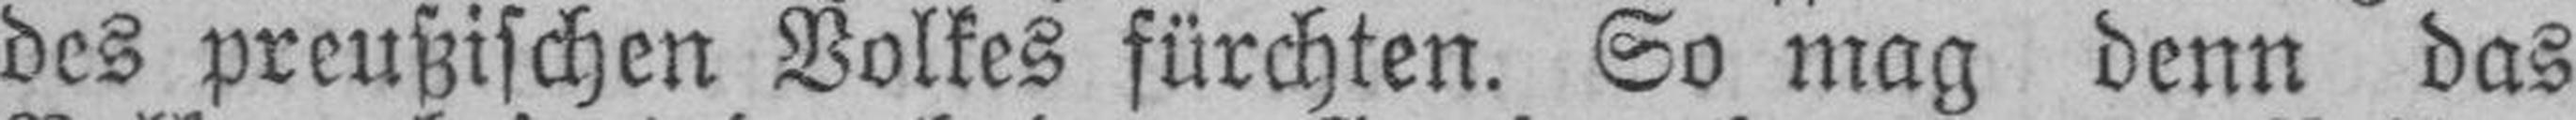
des preußischen Volkes fürchten. So mag denn das